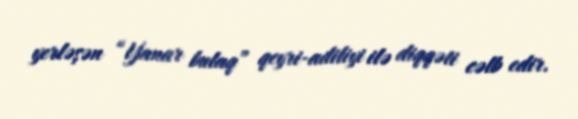
yerləşən “Yanar bulaq” qeyri-adiliyi ilə diqqəti cəlb edir.